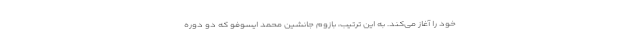
خود را آغاز می‌کند. به این ترتیب، بازوم جانشین محمد ایسوفو که دو دوره